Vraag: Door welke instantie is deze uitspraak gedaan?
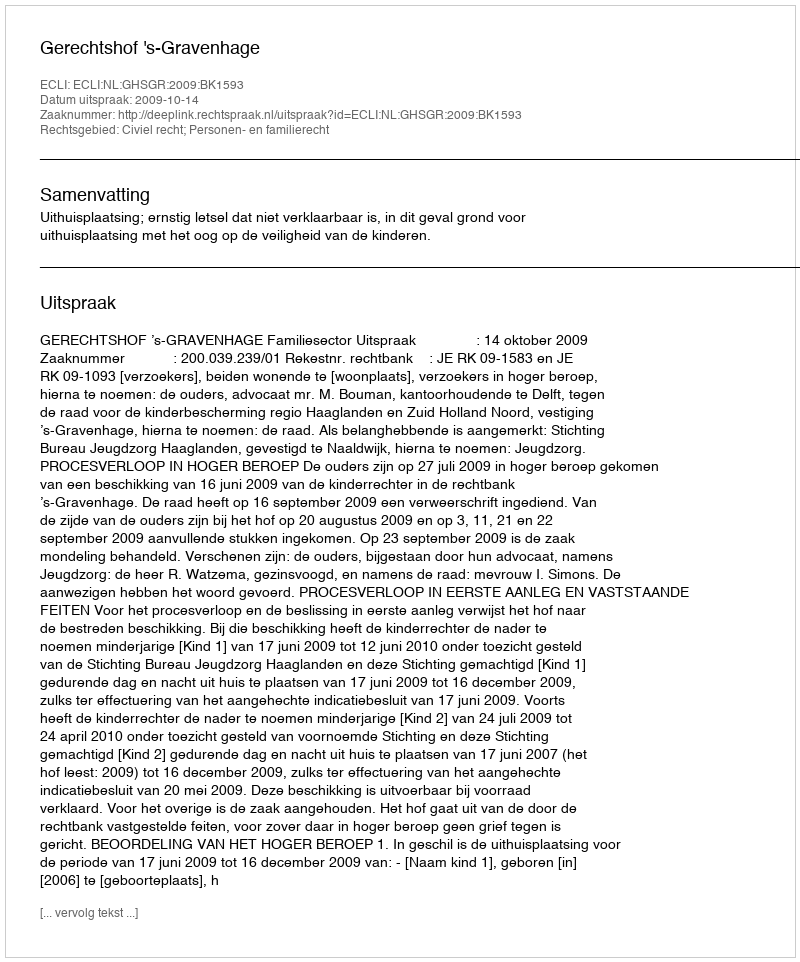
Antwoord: Gerechtshof 's-Gravenhage